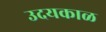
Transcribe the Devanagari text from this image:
उदयकाळ